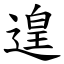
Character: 遑